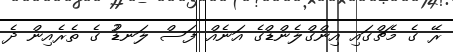
ރޭ ގެ މެޗްގައި އިންގްލެންޑްގެ އަނެއް ފަސް ލަނޑުު ގެ ތެރެއިން ދެ